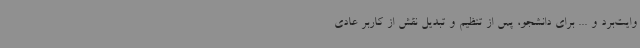
وایت‌برد و ... برای دانشجو، پس از تنظیم و تبدیل نقش از کاربر عادی